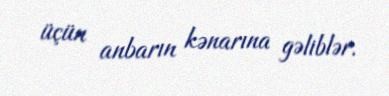
üçün anbarın kənarına gəliblər.